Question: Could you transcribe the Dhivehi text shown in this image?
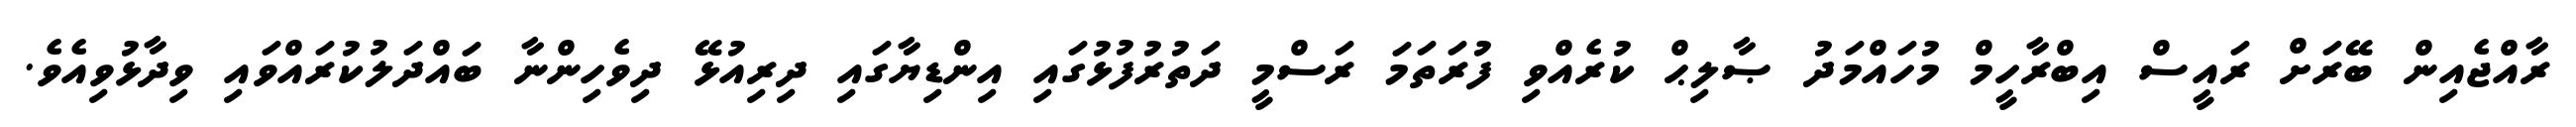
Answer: ރާއްޖެއިން ބޭރަށް ރައީސް އިބްރާހީމް މުހައްމަދު ޞާލިޙް ކުރެއްވި ފުރަތަމަ ރަސްމީ ދަތުރުފުޅުގައި އިންޑިޔާގައި ދިރިއުޅޭ ދިވެހިންނާ ބައްދަލުކުރައްވައި ވިދާޅުވިއެވެ.